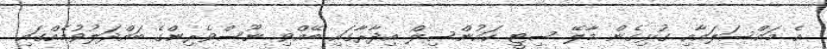
އެ މައްސަލައާއި ގުޅިގެން މާލޭ ސިޓީ ކައުންސިލް އިދާރާގައި ބޭއްވި ނޫސްވެރިންގެ ބައްދަލުވުމެއްގައި